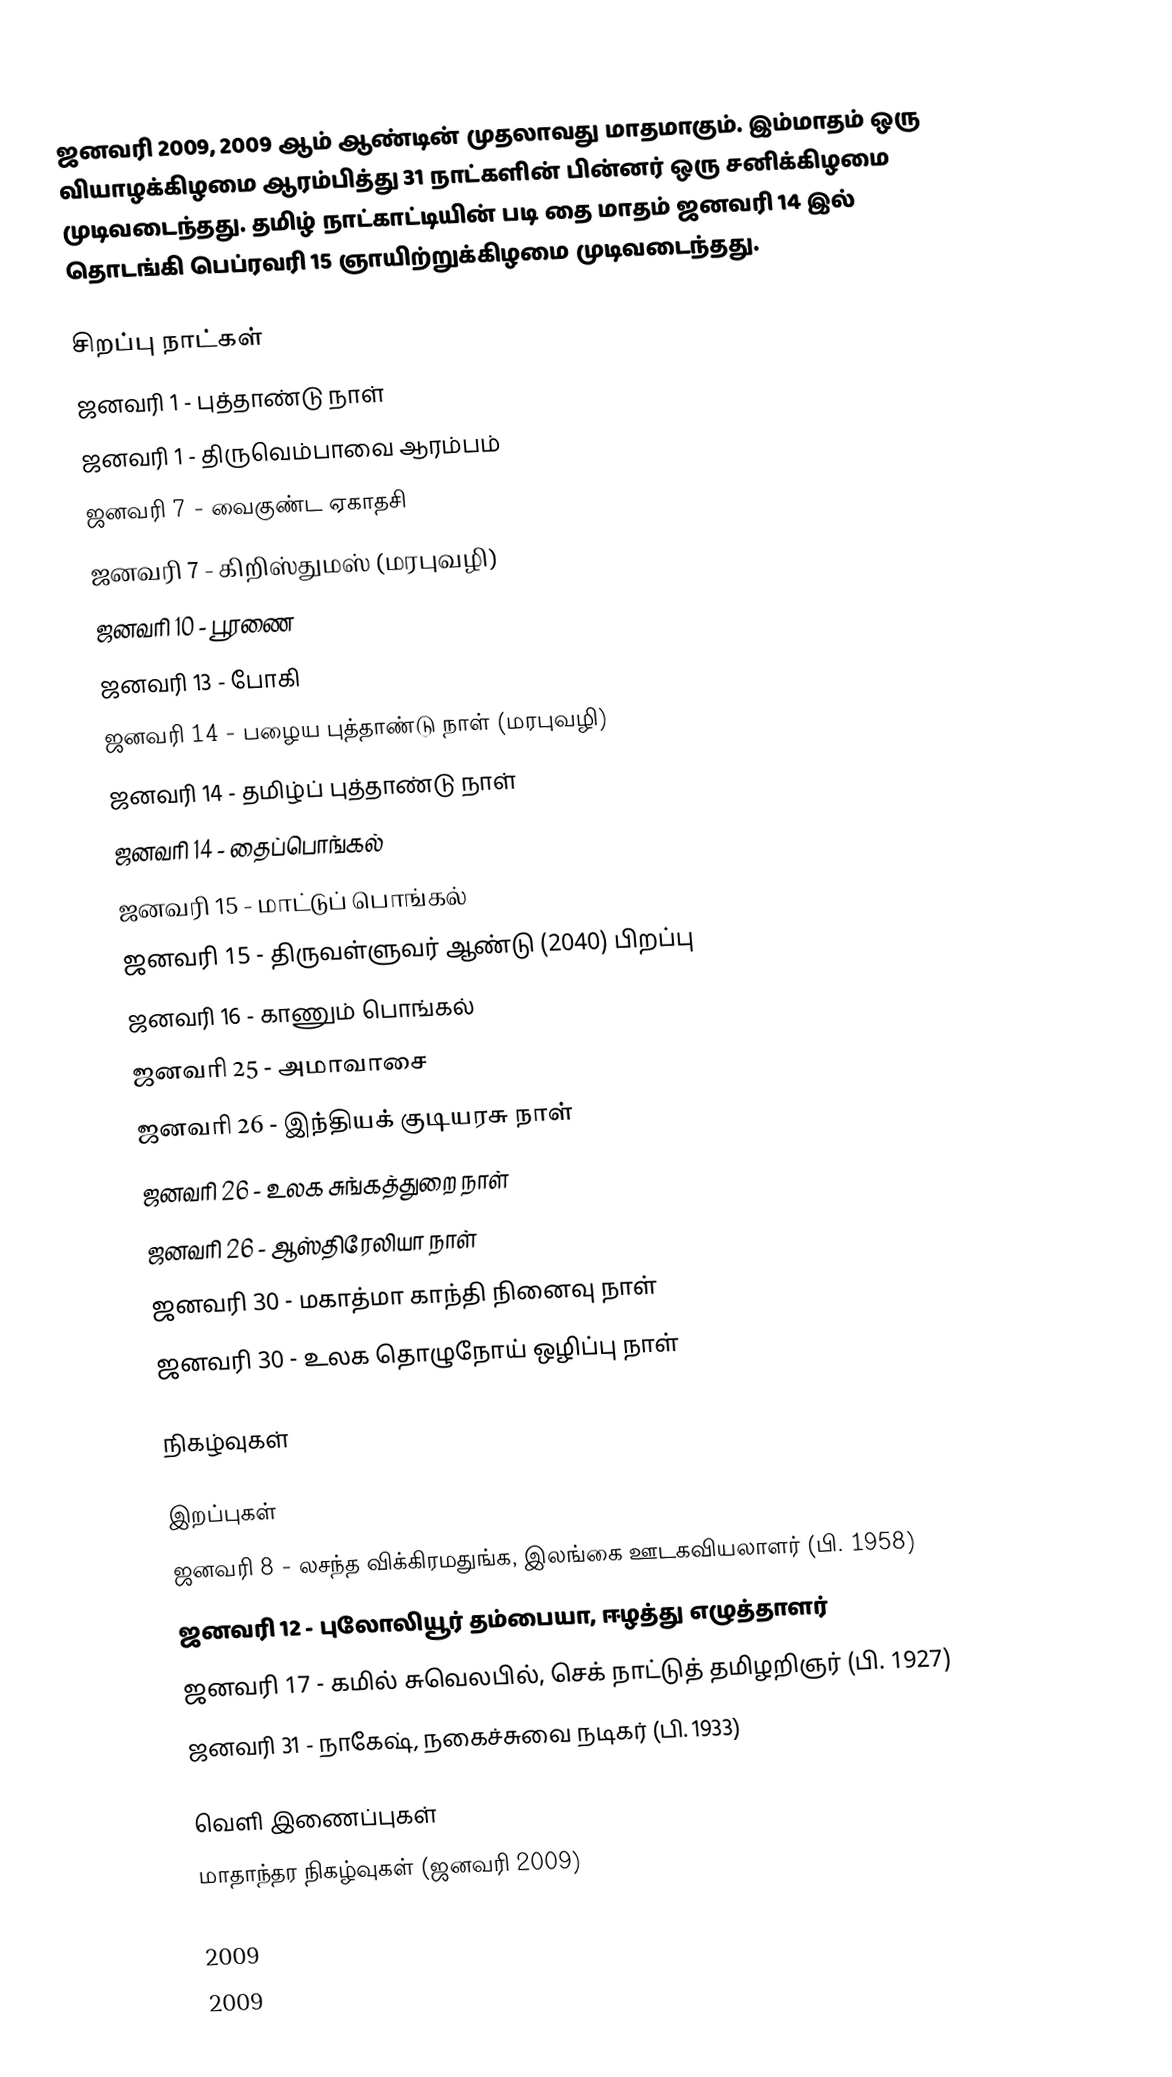
ஜனவரி 2009, 2009 ஆம் ஆண்டின் முதலாவது மாதமாகும். இம்மாதம் ஒரு வியாழக்கிழமை ஆரம்பித்து 31 நாட்களின் பின்னர் ஒரு சனிக்கிழமை முடிவடைந்தது. தமிழ் நாட்காட்டியின் படி தை மாதம் ஜனவரி 14 இல் தொடங்கி பெப்ரவரி 15 ஞாயிற்றுக்கிழமை முடிவடைந்தது.

சிறப்பு நாட்கள்
 ஜனவரி 1 - புத்தாண்டு நாள்
 ஜனவரி 1 - திருவெம்பாவை ஆரம்பம்
 ஜனவரி 7 - வைகுண்ட ஏகாதசி
 ஜனவரி 7 - கிறிஸ்துமஸ் (மரபுவழி)
 ஜனவரி 10 - பூரணை
 ஜனவரி 13 - போகி
 ஜனவரி 14 - பழைய புத்தாண்டு நாள் (மரபுவழி)
 ஜனவரி 14 - தமிழ்ப் புத்தாண்டு நாள்
 ஜனவரி 14 - தைப்பொங்கல்
 ஜனவரி 15 - மாட்டுப் பொங்கல்
 ஜனவரி 15 - திருவள்ளுவர் ஆண்டு (2040) பிறப்பு
 ஜனவரி 16 - காணும் பொங்கல்
 ஜனவரி 25 - அமாவாசை
 ஜனவரி 26 - இந்தியக் குடியரசு நாள்
 ஜனவரி 26 - உலக சுங்கத்துறை நாள்
 ஜனவரி 26 - ஆஸ்திரேலியா நாள்
 ஜனவரி 30 - மகாத்மா காந்தி நினைவு நாள்
 ஜனவரி 30 - உலக தொழுநோய் ஒழிப்பு நாள்

நிகழ்வுகள்

இறப்புகள்
 ஜனவரி 8 - லசந்த விக்கிரமதுங்க, இலங்கை ஊடகவியலாளர் (பி. 1958)
 ஜனவரி 12 - புலோலியூர் தம்பையா, ஈழத்து எழுத்தாளர்
 ஜனவரி 17 - கமில் சுவெலபில், செக் நாட்டுத் தமிழறிஞர் (பி. 1927)
 ஜனவரி 31 - நாகேஷ், நகைச்சுவை நடிகர் (பி. 1933)

வெளி இணைப்புகள்
 மாதாந்தர நிகழ்வுகள் (ஜனவரி 2009)

2009
2009